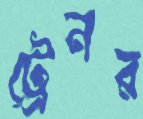
ট্রেনর